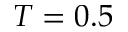
T = 0 . 5